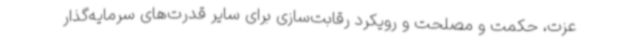
عزت، حکمت و مصلحت و رویکرد رقابت‌سازی برای سایر قدرت‌های سرمایه‌گذار